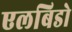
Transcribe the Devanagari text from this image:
एलबिडो